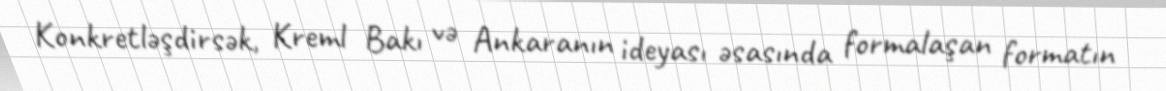
Konkretləşdirsək, Kreml Bakı və Ankaranın ideyası əsasında formalaşan formatın